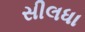
સીલધા